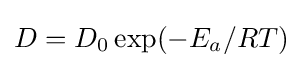
D=D_{0}\exp(-E_{a}/RT)